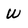
Character: w